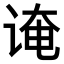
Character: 𫍫